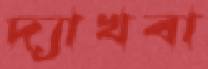
দ্যাখবা